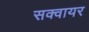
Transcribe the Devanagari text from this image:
सक्वायर